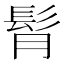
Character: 𩬏